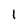
Character: l